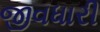
જીવધારી